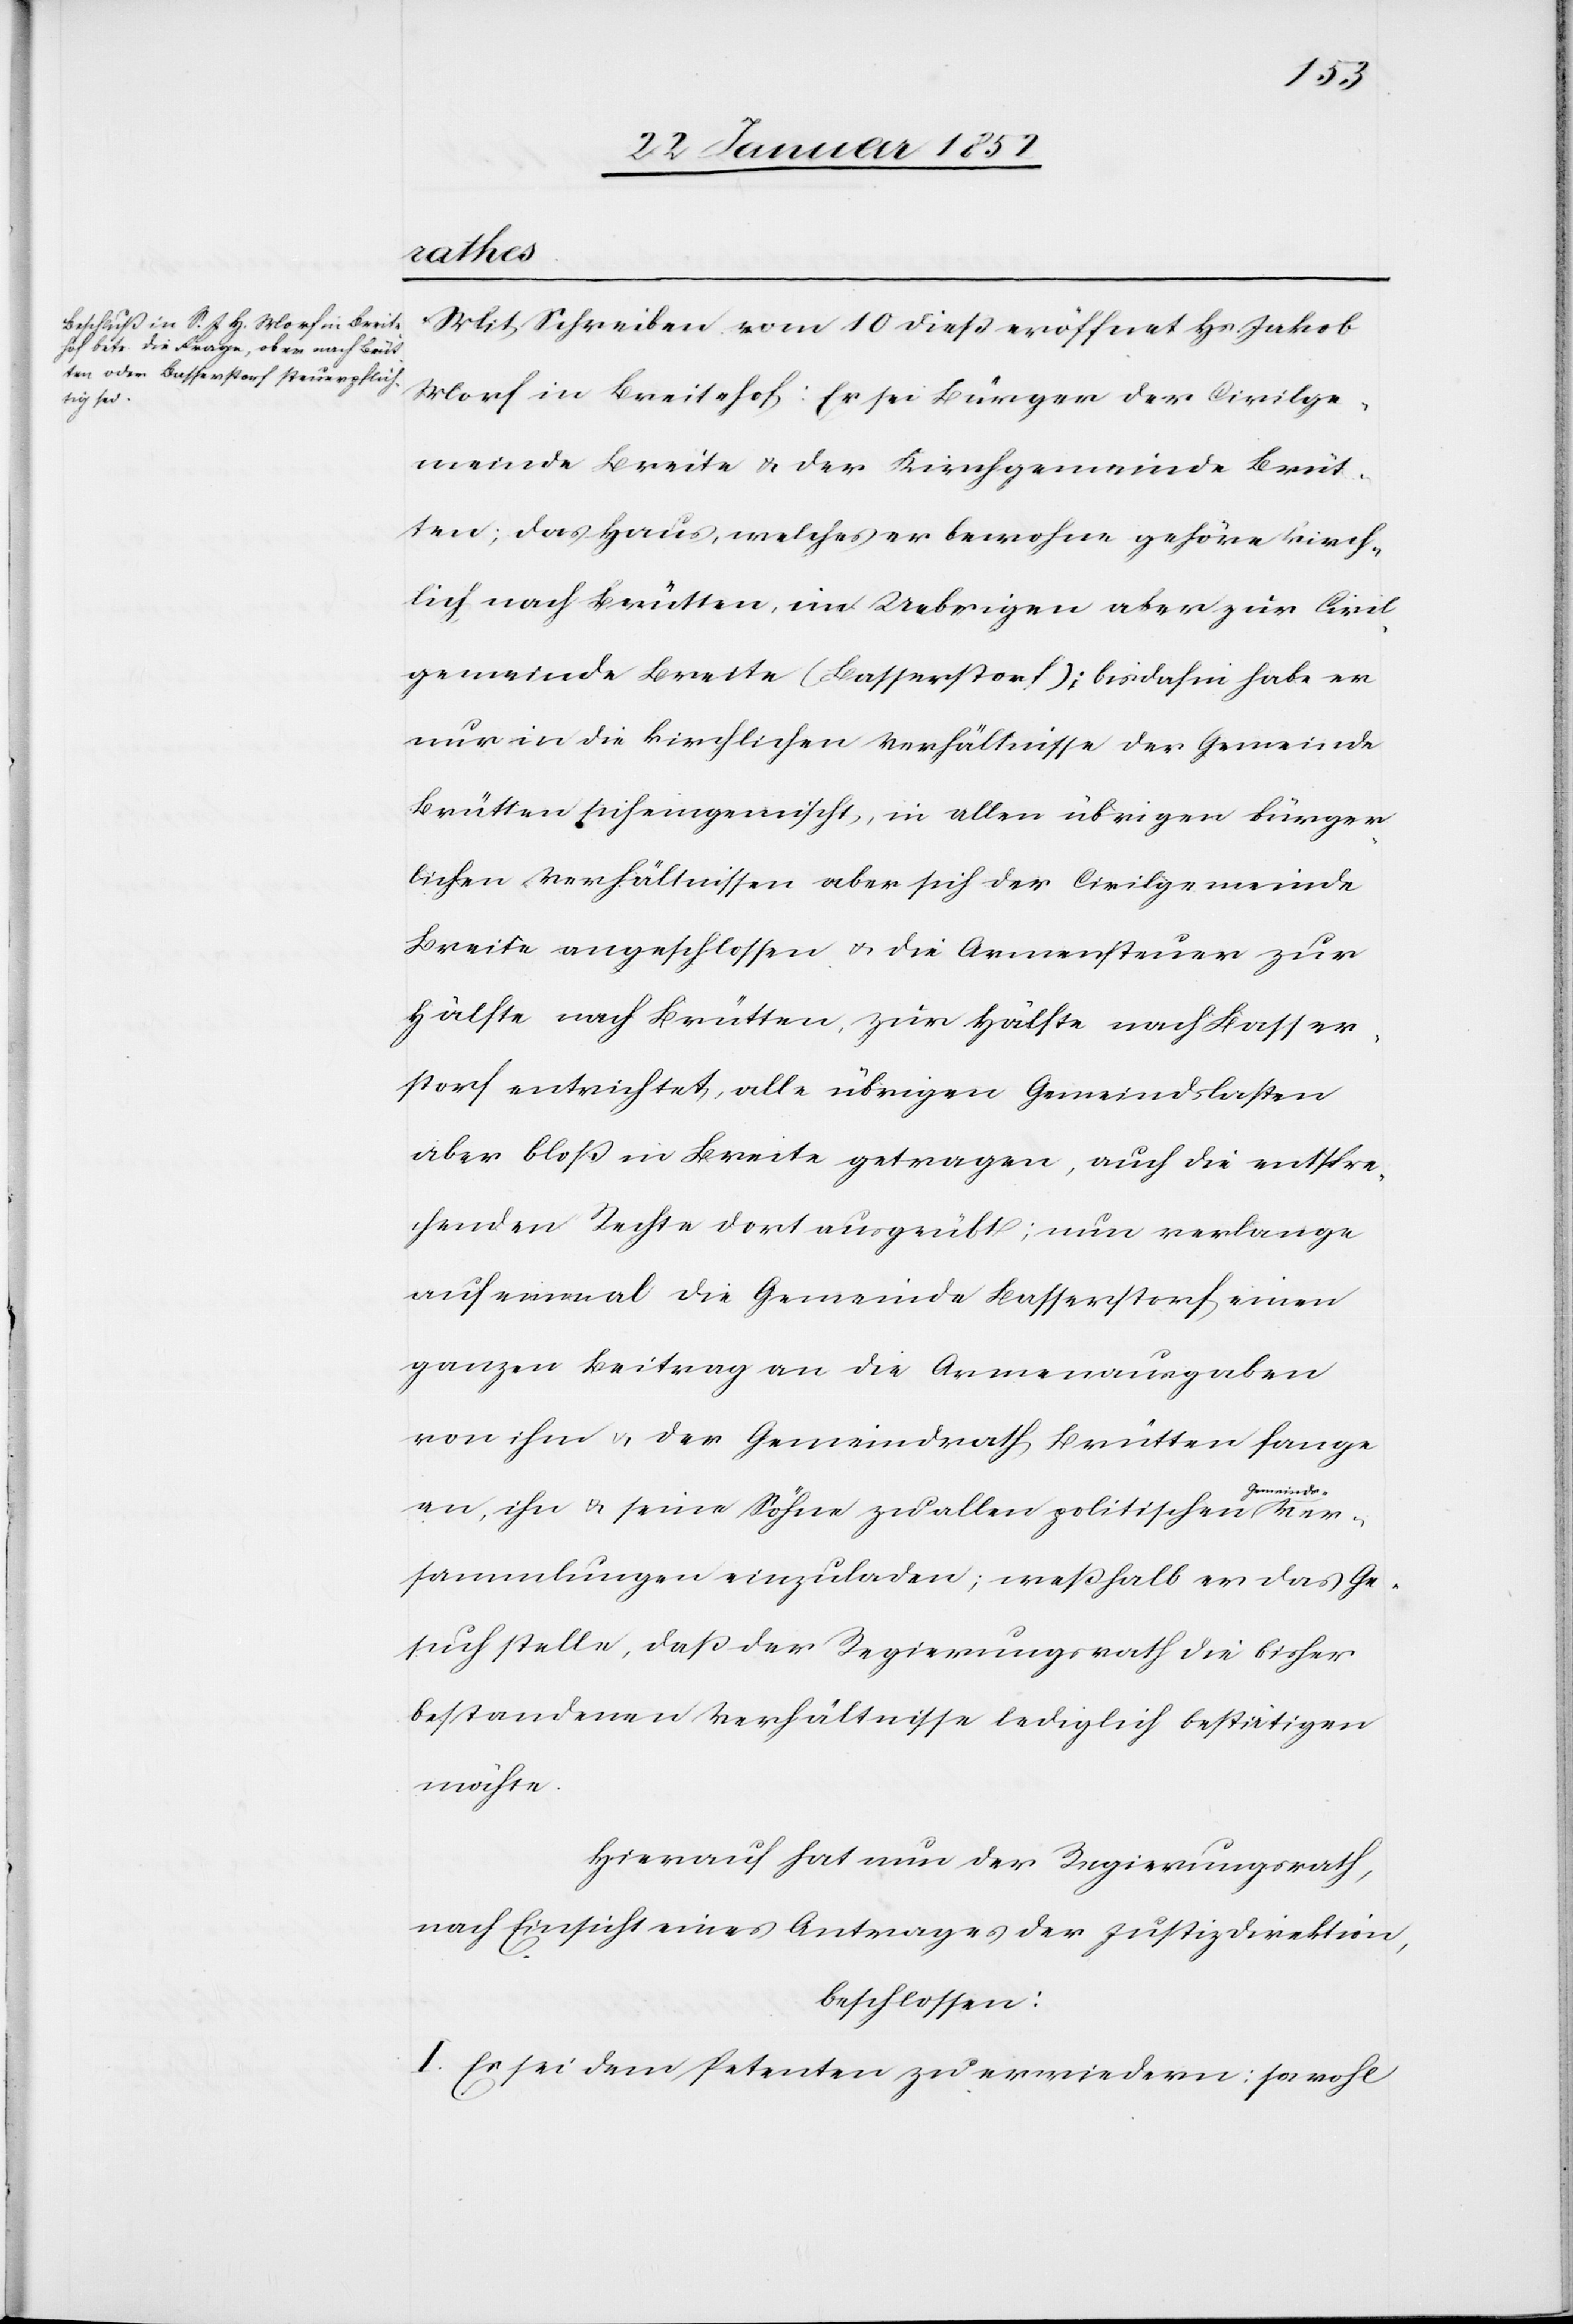
meindsver¬
Mit Schreiben vom 10 dieß eröffnet Hr. Jakob
Morf in Breitehof: Er sei Bürger der Civilge¬
meinde Breite u. der Kirchgemeinde Brüt¬
ten, das Haus, welches er bewohne gehöre kirch¬
lich nach Brütten, im Uebrigen aber zur Civil¬
gemeinde Breite (Basserstorf); bisdahin habe er
nur in die kirchlichen Verhältnisse der Gemeinde
Brütten sich eingemischt, in allen übrigen bürger¬
lichen Verhältnissen aber sich der Civilgemeinde
Breite angeschlossen u. die Armensteuer zur
Hälfte nach Brütten, zur Hälfte nach Basser¬
storf entrichtet, alle übrigen Gemeindslasten
aber bloß in Breite getragen, auch die entspre¬
chenden Rechte dort ausgeübt, nun verlange
auf einmal die Gemeinde Basserstorf einen
ganzen Beitrag an die Armenausgaben
von ihm u. der Gemeindrath Brütten fange
an, ihn u. seine Söhne zu allen politischen Ge¬
sammlungen einzuladen, weßhalb er das Ge¬
such stelle, daß der Regierungsrath die bisher
bestandenen Verhältnisse lediglich bestätigen
möchte.
Hierauf hat nun der Regierungsrath,
nach Einsicht eines Antrages der Justizdirektion,
beschlossen:
I. Es sei dem Petenten zu erwiedern: sowohl